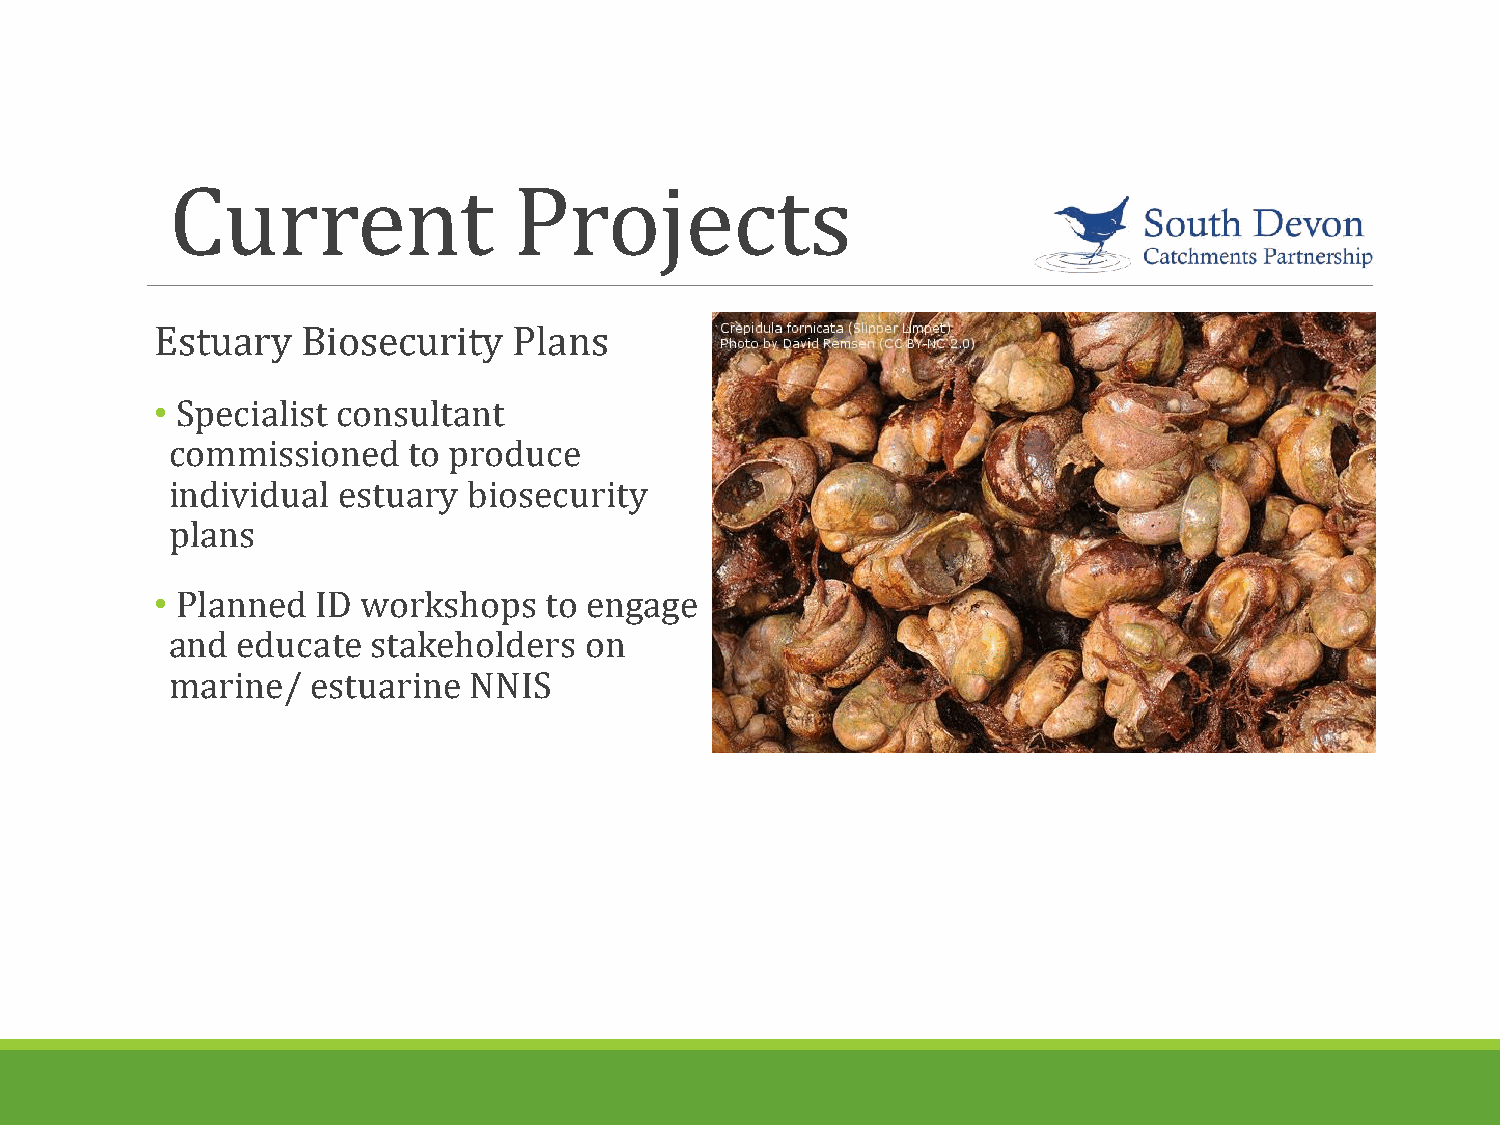
Current                Projects
 Estuary   Biosecurity   Plans
 • Specialist consultant
 commissioned    to produce
 individual estuary  biosecurity
 plans
 • Planned  ID workshops   to engage
 and  educate  stakeholders  on
 marine/   estuarine NNIS